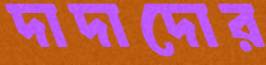
দাদাদোর